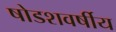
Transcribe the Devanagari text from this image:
षोडशवर्षीय